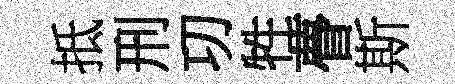
抵刑㓛牲瞢斯